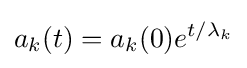
a_{k}(t)=a_{k}(0)e^{t/\lambda _{k}}